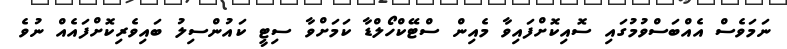
ނަމަވެސް އެއްބަސްވުމުގައި ސޮއިކޮށްފައިވާ މެއިން ސްޓޭކްހޯލްޑާ ކަމަށްވާ ސިޓީ ކައުންސިލު ބައިވެރިކޮށްފައެއް ނުވެ